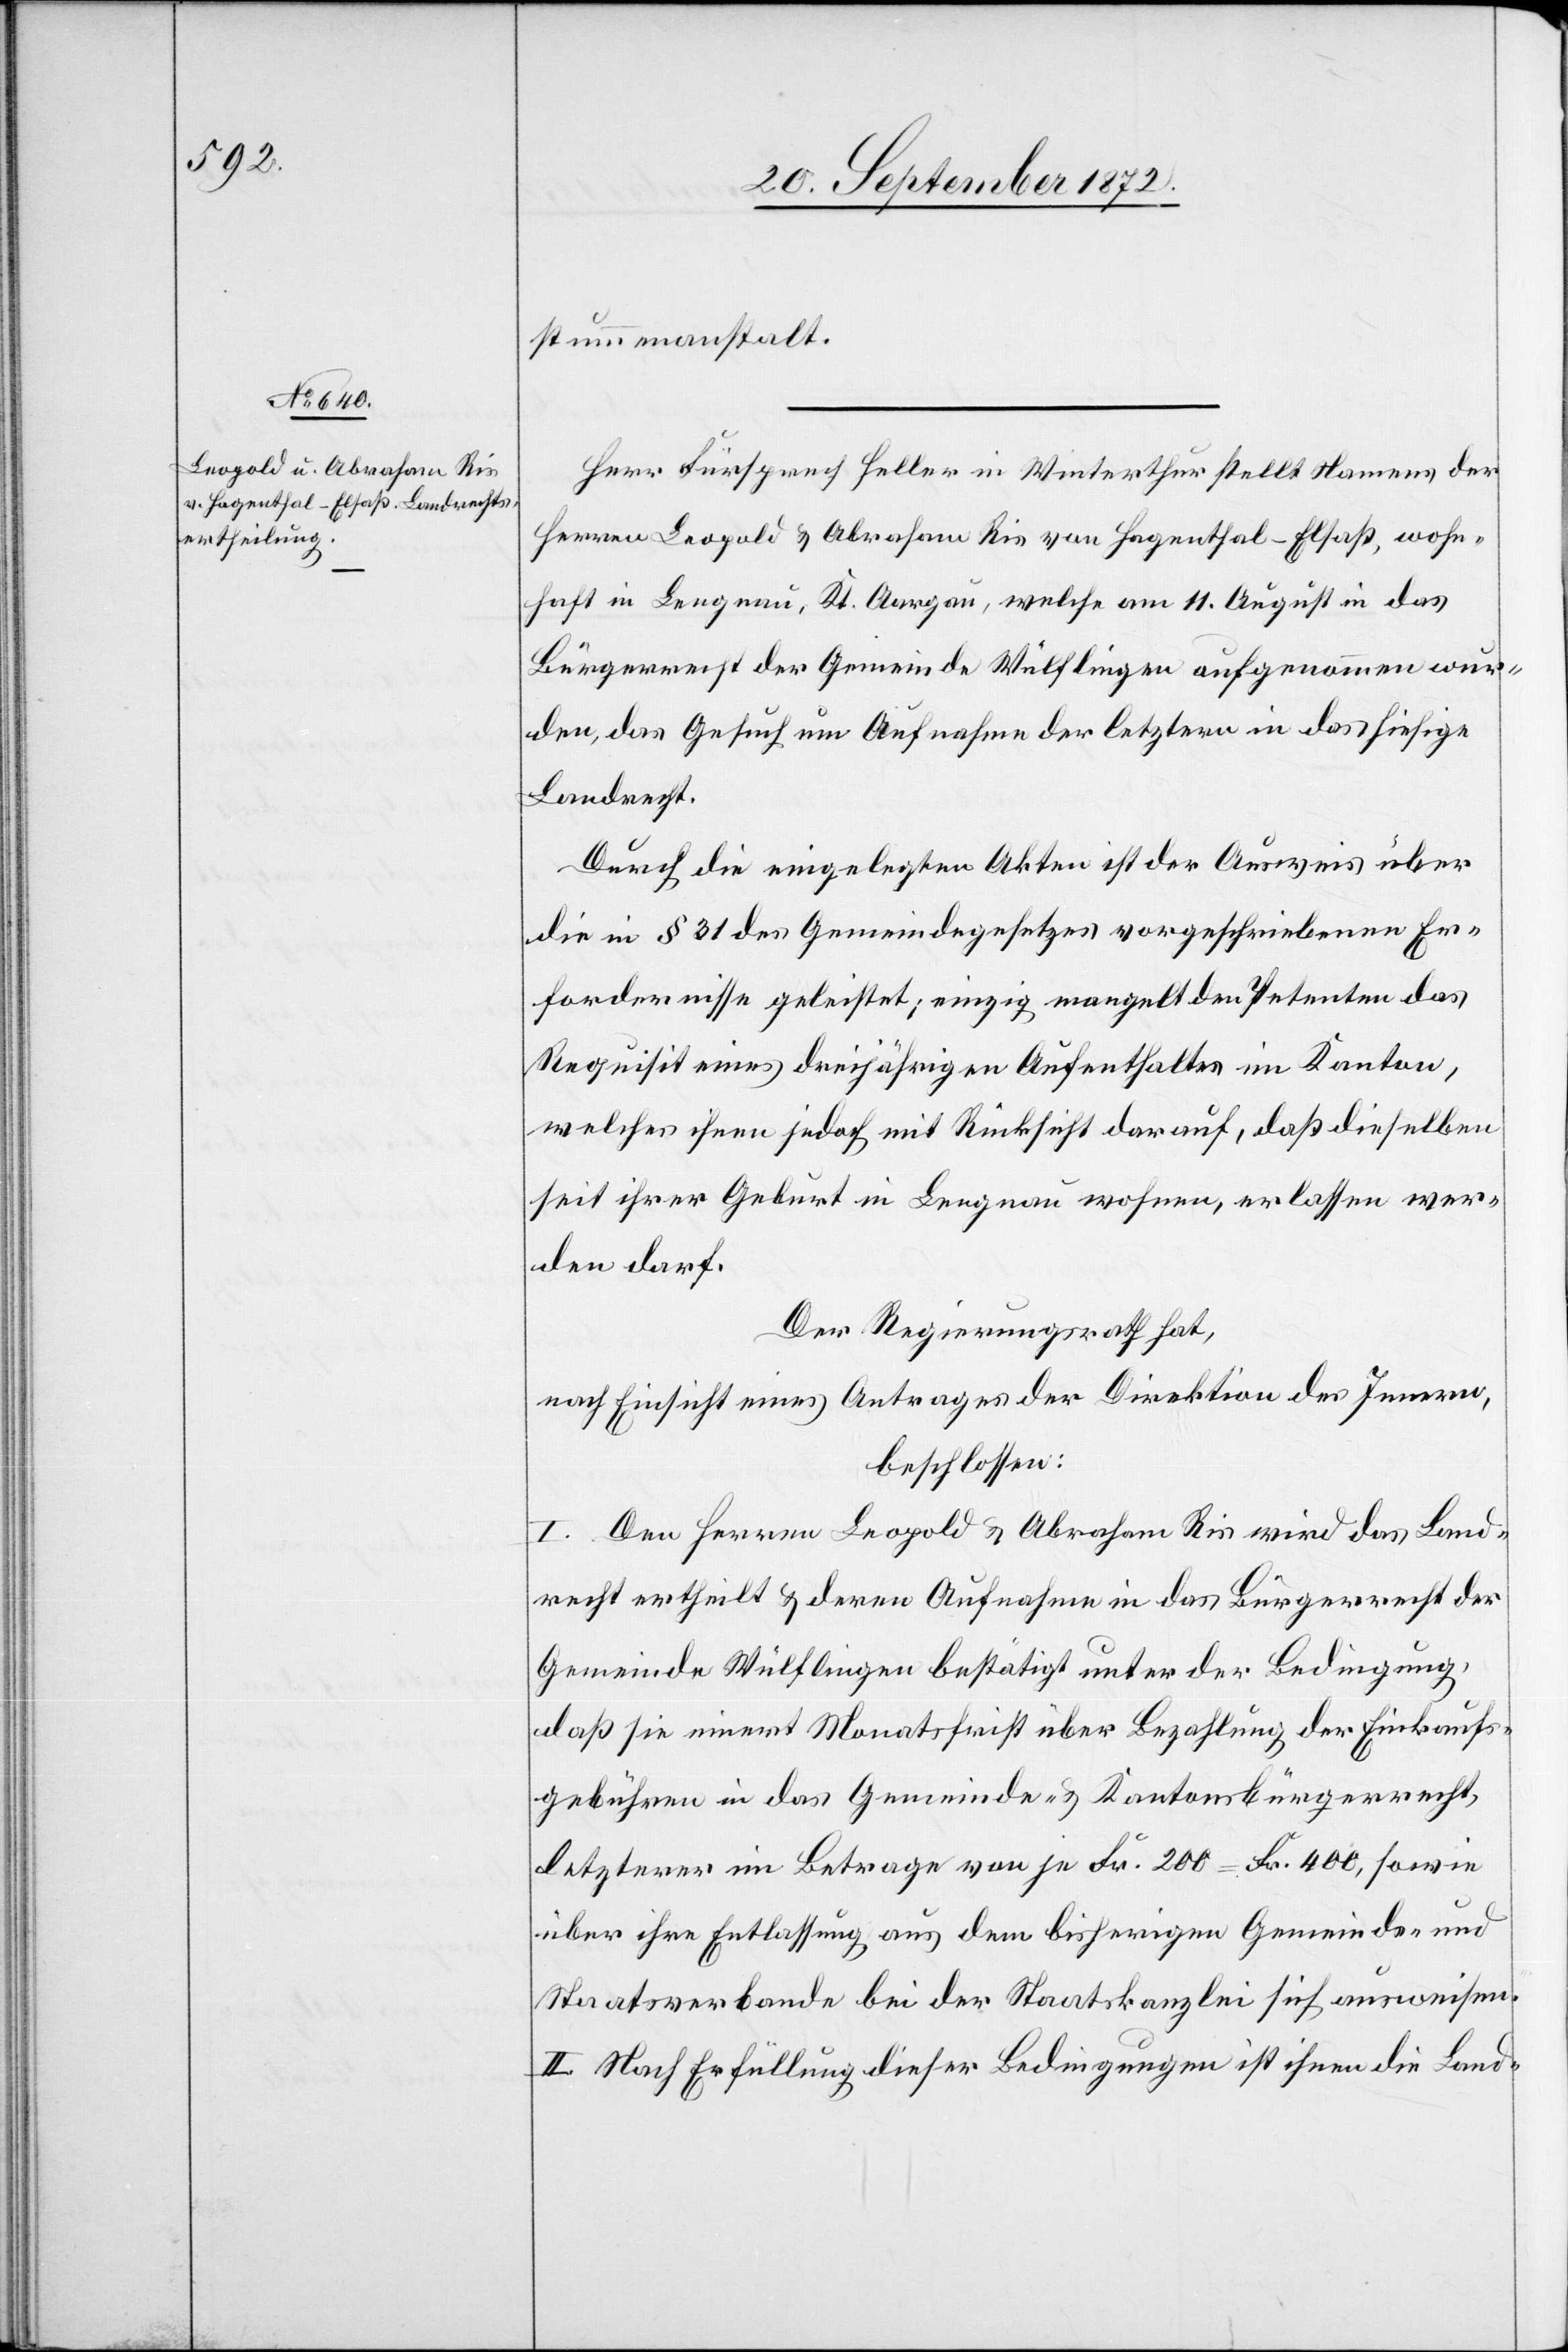
stummenanstalt.
Herr Fürsprech Heller in Winterthur stellt Namens der
Herren Leopold u. Abraham Ris von Hagenthal-Elsaß, wohn¬
haft in Lengnau, Kt. Aargau, welche am 11. August in das
Bürgerrecht der Gemeinde Wülflingen aufgenommen wur¬
den, das Gesuch um Aufnahme der letztern in das hiesige
Landrecht.
Durch die eingelegten Akten ist der Ausweis über
die in § 31 des Gemeindegesetzes vorgeschriebenen Er¬
fordernisse geleistet; einzig mangelt den Petenten das
Requisit eines dreijährigen Aufenthaltes im Kanton,
welches ihnen jedoch mit Rücksicht darauf, daß dieselben
seit ihrer Geburt in Lengnau wohnen, erlassen wer¬
den darf.
Der Regierungsrath hat,
nach Einsicht eines Antrages der Direktion des Innern,
beschlossen:
I. Den Herren Leopold u. Abraham Ris wird das Land¬
recht ertheilt u. deren Aufnahme in das Bürgerrecht der
Gemeinde Wülflingen bestätigt unter der Bedingung,
daß sie innert Monatsfrist über Bezahlung der Einkaufs¬
gebühren in das Gemeinde- u. Kantonsbürgerrecht
letzterer im Betrage von je Fr. 200 = Fr. 400, sowie
über ihre Entlassung aus dem bisherigen Gemeinds- und
Staatsverbande bei der Staatskanzlei sich ausweisen.
II. Nach Erfüllung dieser Bedingungen ist ihnen die Land-